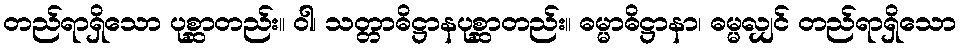
တည်ရာရှိသော ပုစ္ဆာတည်း။ ဝါ၊ သတ္တာဓိဋ္ဌာနပုစ္ဆာတည်း။ ဓမ္မာဓိဋ္ဌာနာ၊ ဓမ္မလျှင် တည်ရာရှိသော